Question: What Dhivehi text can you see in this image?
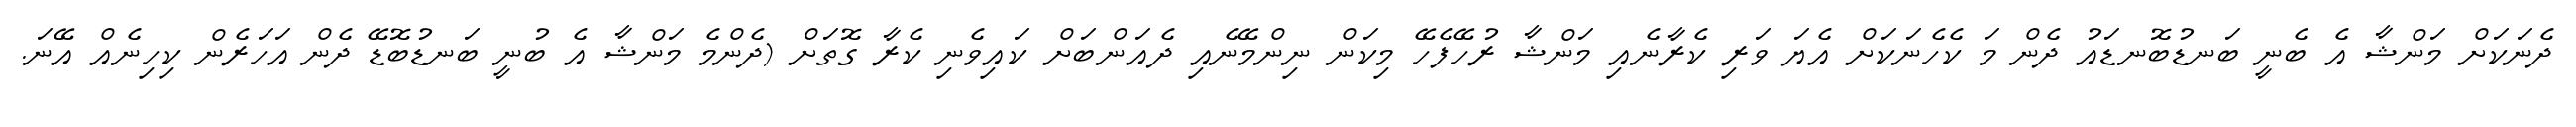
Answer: ދެނަކަށް މަންޝާ އެ ބެނީ ބަނޑުބޮނޑައު ދެން މަ ކެހެނަކަށް އެޔަ ވަރި ކެރާނެއި މަންޝާ ރުހޭފެހޭ މިކަން ނިންމޭނެއި ދެއަންބަށް ކައިވެނި ކެރާ ގޮތަށް (ދެންމެ މަންޝާ އެ ބުނީ ބަނޑުބޮޑޭ ދެން އަހަރެން ކިހިނެއް އޭނަ.